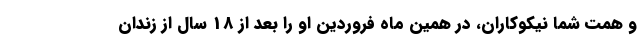
و همت شما نیکوکاران، در همین ماه فروردین او را بعد از 18 سال از زندان